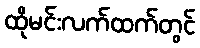
ထိုမင်းလက်ထက်တွင်